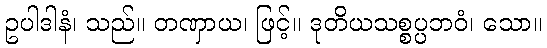
ဥပါဒါနံ၊ သည်။ တဏှာယ၊ ဖြင့်။ ဒုတိယသစ္စပ္ပဘဝံ၊ သော။